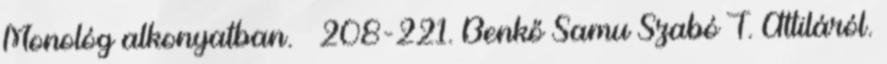
Monológ alkonyatban. – 208-221. Benkő Samu Szabó T. Attiláról.